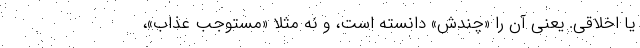
یا اخلاقی. یعنی آن را «چندش» دانسته است، و نه مثلا «مستوجب عذاب»،